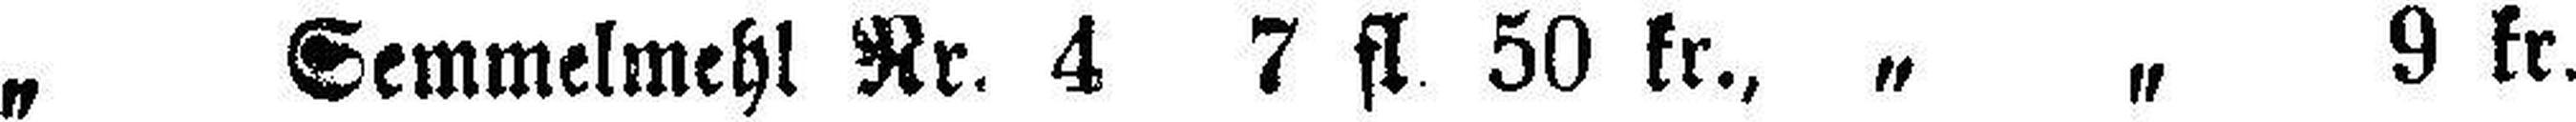
„ Semmelmehl Nr. 4 7 fl. 50 kr., „ „ 9 kr.